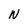
Character: N